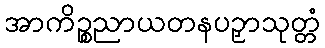
အာကိဉ္စညာယတနပဉှာသုတ္တံ